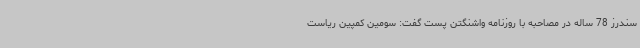
سندرز 78 ساله در مصاحبه با روزنامه واشنگتن پست گفت: سومین کمپین ریاست